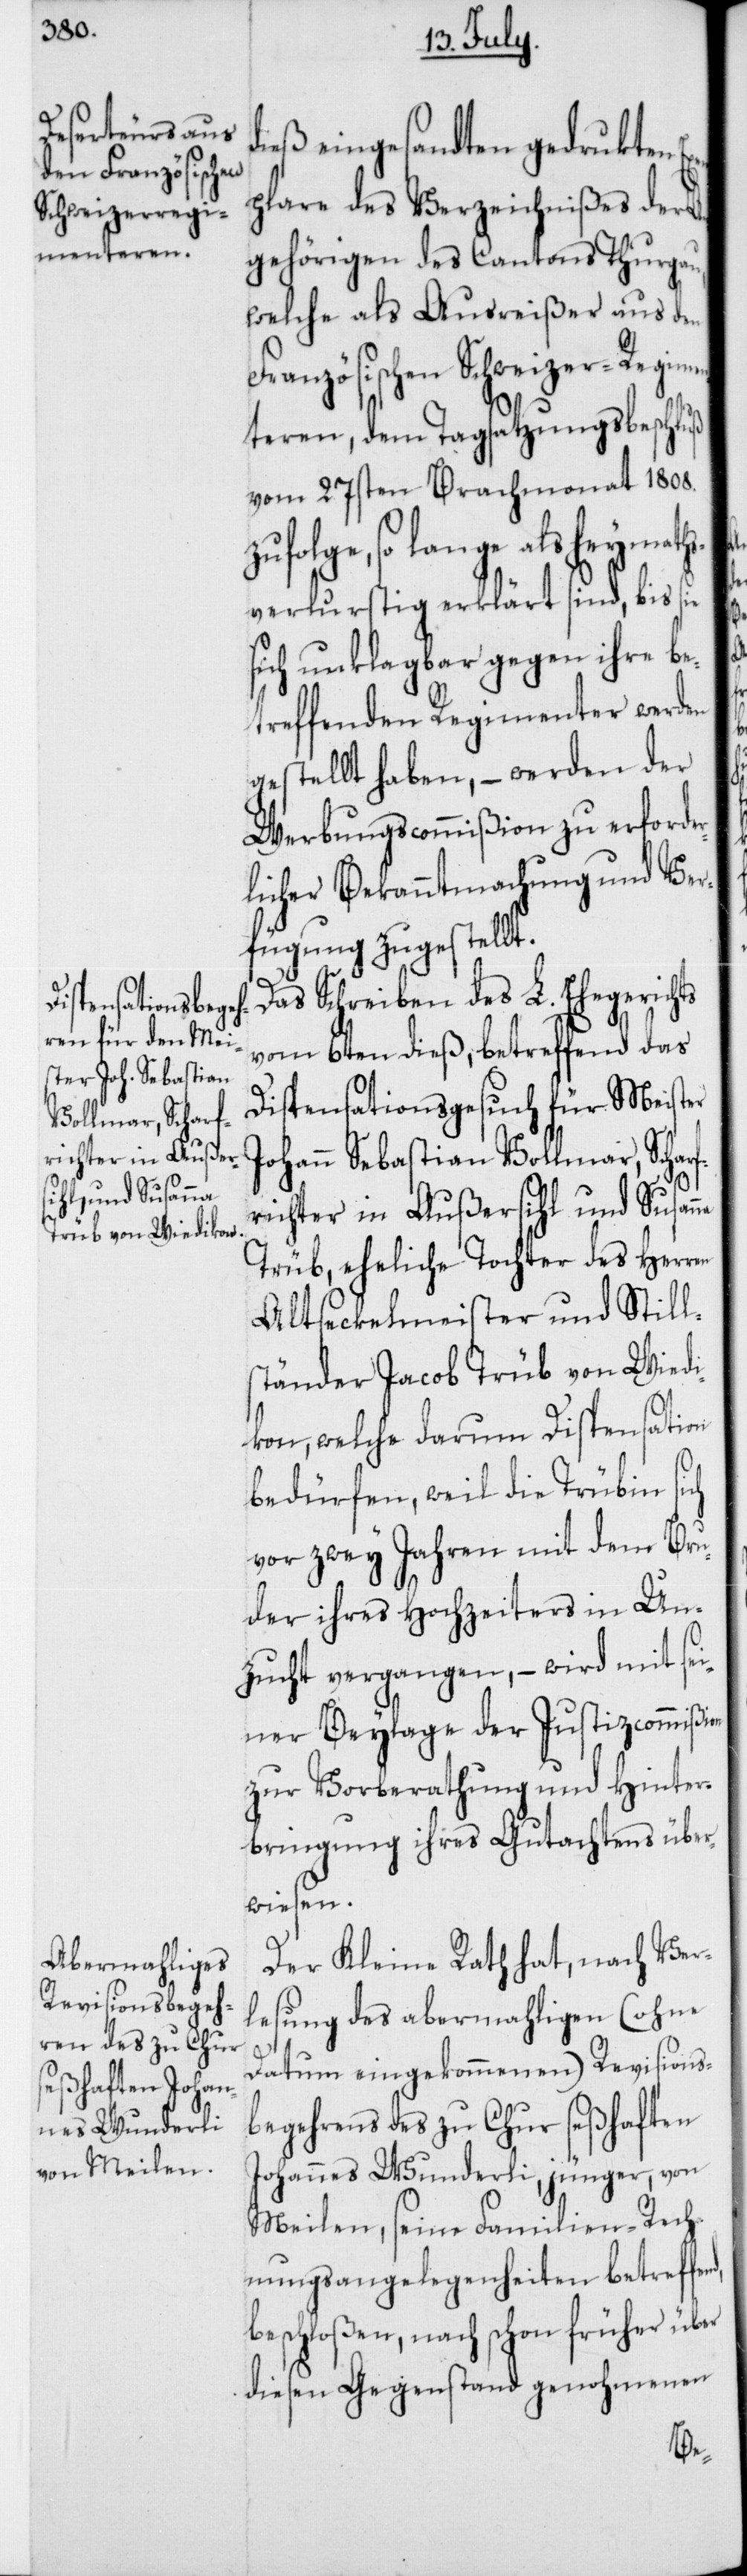
richter in Außer¬
sihl, und Susanna

dieß eingesandten gedruckten
plare des Verzeichnißes der A¬
ngehörigen des Cantons Thurgau,
welche als Ausreißer aus den
Französischen Schweizer-Regimen¬
teren, dem Tagsatzungsbeschluß
vom 27sten Brachmonat 1808.
zufolge, so lange als heymaths¬
verlustig erklärt sind, bis sie
sich unklagbar gegen ihre be¬
treffenden Regimenter werden
gestellt haben, – werden der
Werbungscommißion zu erforde¬
rlicher Bekanntmachung und Ver¬
fügung zugestellt.
Das Schreiben des L. Ehegerichts
vom 6ten dieß, betreffend das
Dispensationsgesuch für Meister
Johann Sebastian Vollmar, Scharf¬
Trüb, eheliche Tochter des Herren
Altseckelmeister und Still¬
ständer Jacob Trüb von Wiedi¬
kon, welche darum Dispensation
bedürfen, weil die Trübin sich
vor zwey Jahren mit dem Bru¬
der ihres Hochzeiters in Un¬
zucht vergangen, – wird mit se¬
iner Beylage der Justizcommißion
zur Vorberathung und Hinter¬
bringung ihres Gutachtens über¬
wiesen.
Der Kleine Rath hat, nach Ver¬
lesung des abermahligen (ohne
Datum eingekommenen) Revisions¬
begehrens des zu Chur seßhaften
Johannes Wunderli, jünger, von
Meilen, seine Familien-Rech¬
nungsangelegenheiten betreffe¬
beschloßen, nach schon früher über
diesen Gegenstand genohmenen
nd,